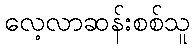
လေ့လာဆန်းစစ်သူ